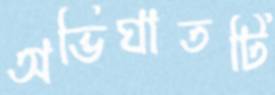
অভিঘাতটি